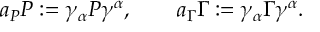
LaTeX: a _ { \cal P } { \cal P } : = \gamma _ { \alpha } { \cal P } \gamma ^ { \alpha } , \qquad a _ { \Gamma } \Gamma : = \gamma _ { \alpha } \Gamma \gamma ^ { \alpha } .